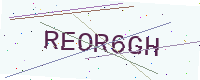
Text: REOR6GH